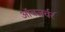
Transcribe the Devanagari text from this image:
ऑवजर्वर